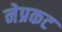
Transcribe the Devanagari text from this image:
नेप्रकट